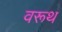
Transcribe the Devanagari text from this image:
वरूथ